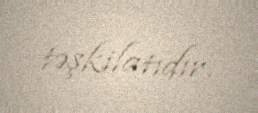
təşkilatıdır.